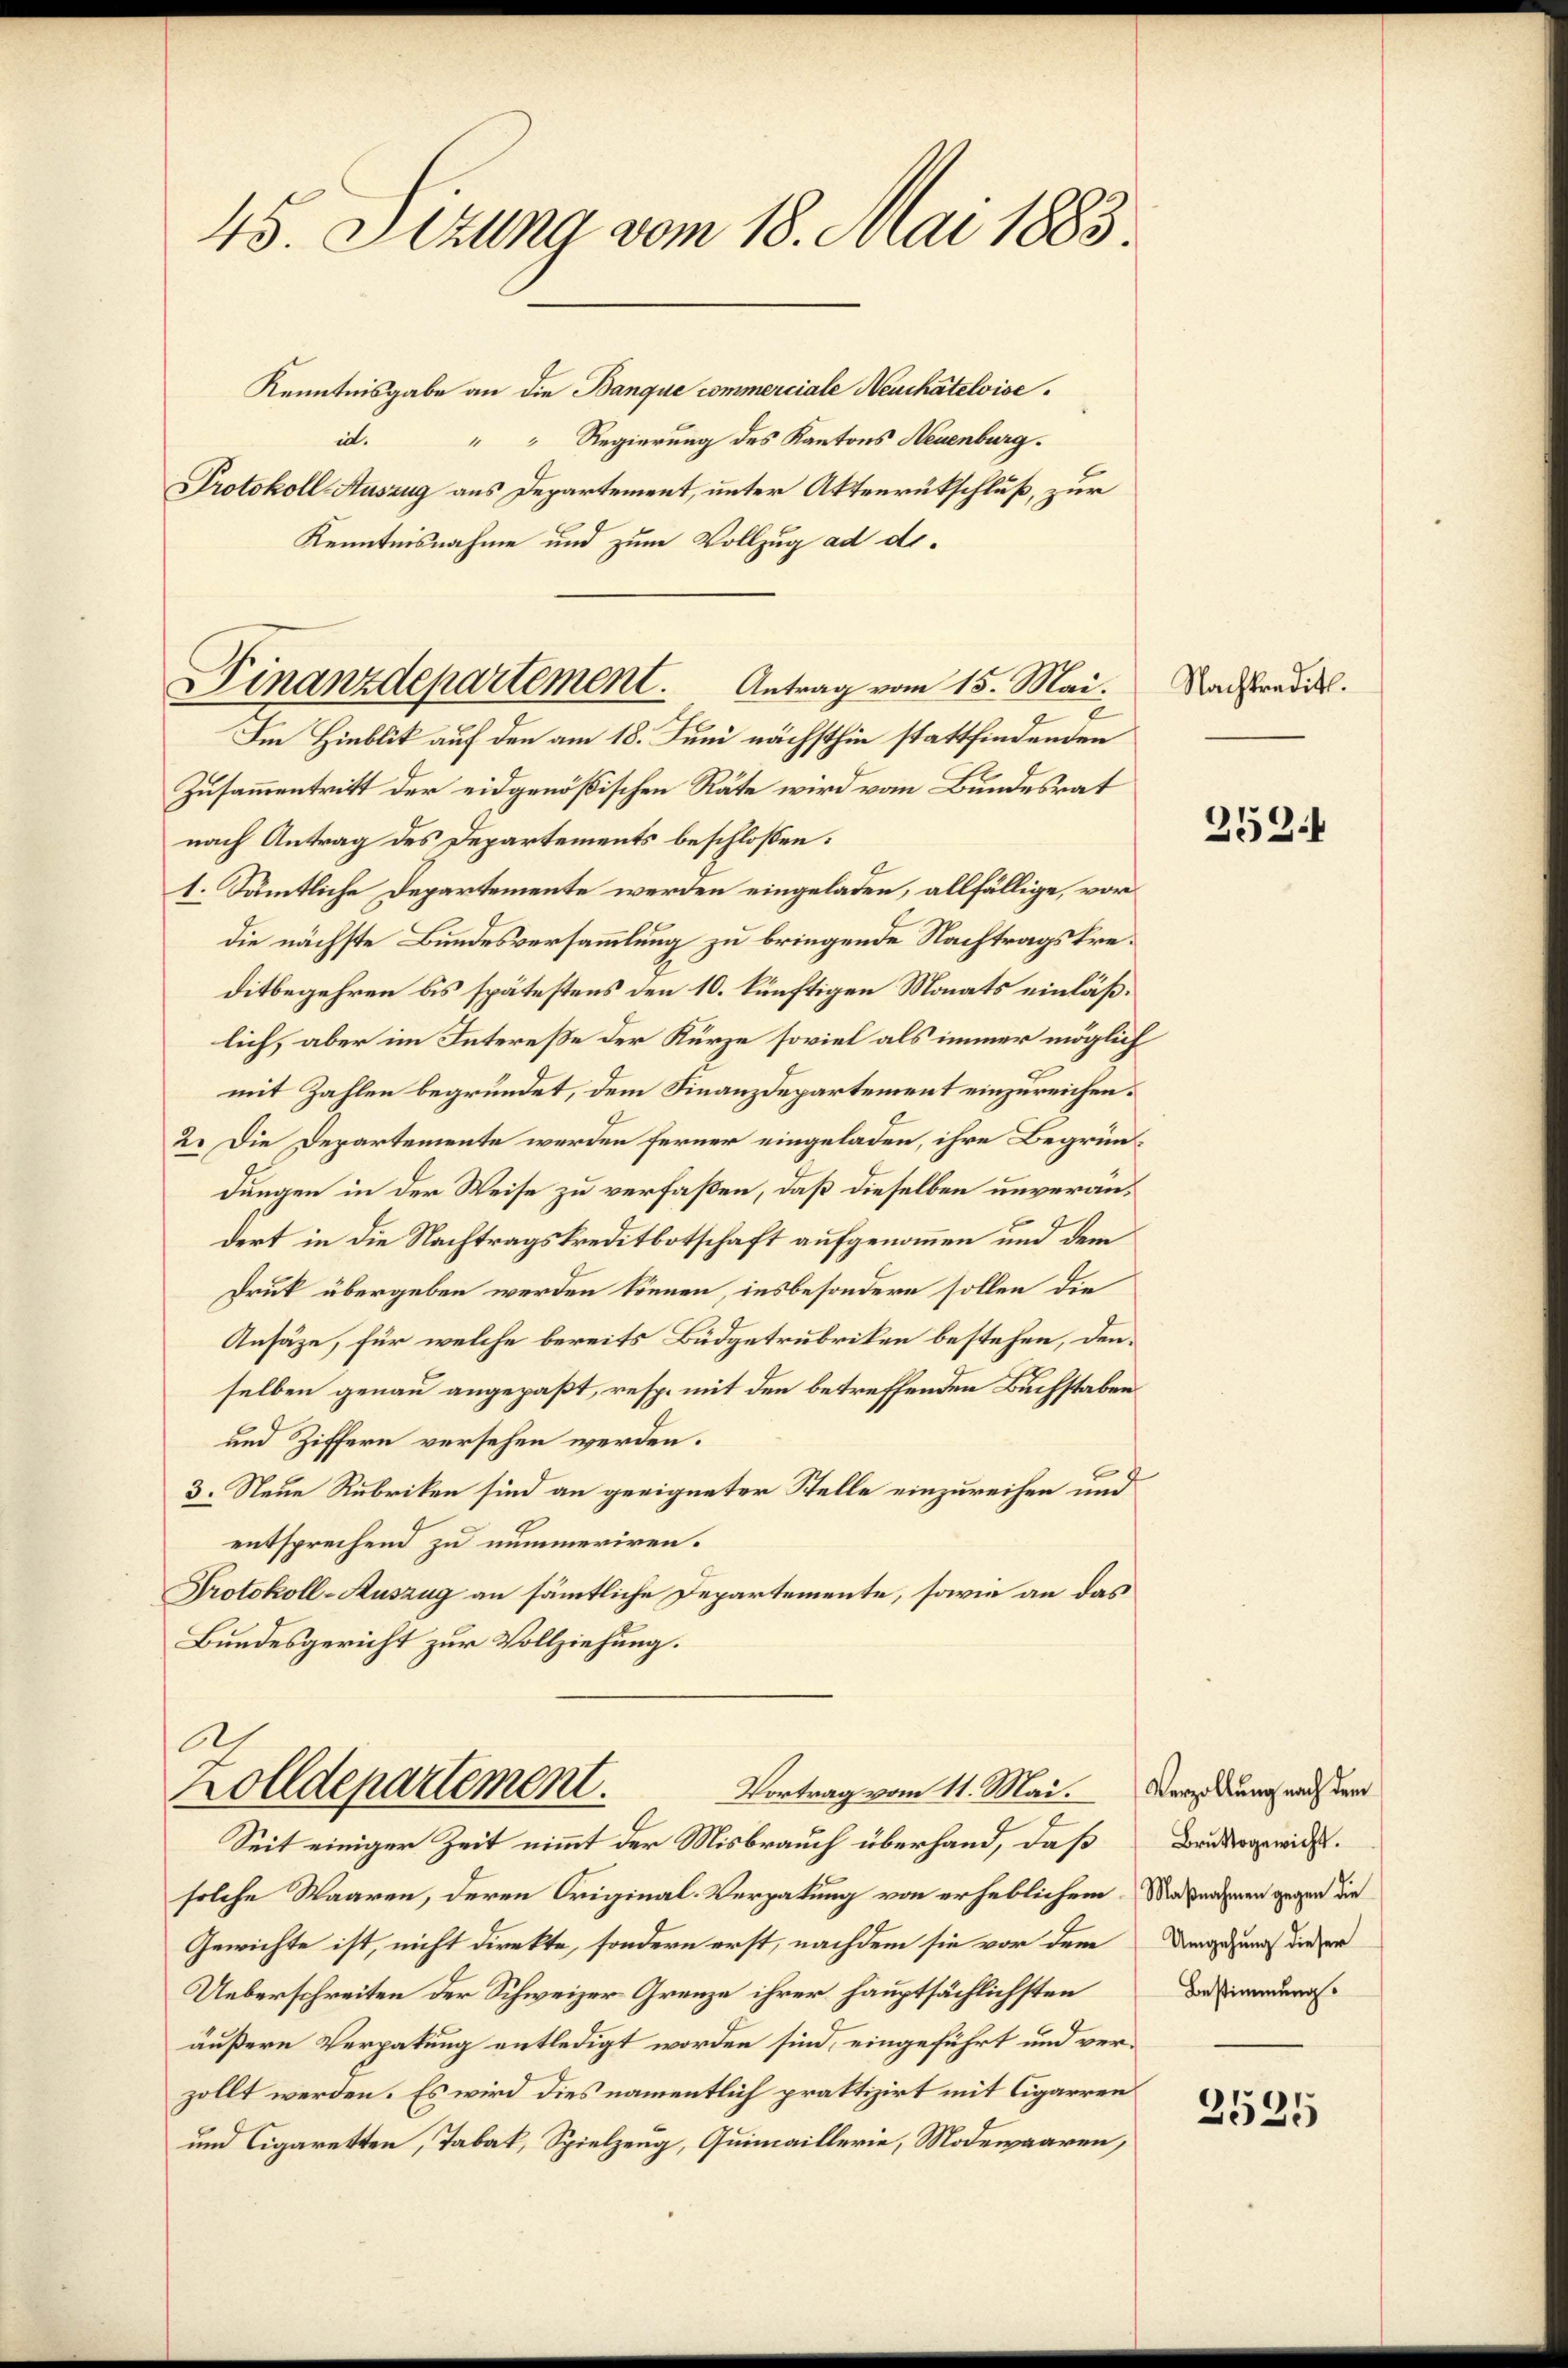
45. Sizung vom 18. Mai 1883.
Kenntnisgabe an die Banque commerciale Neuchâteloise¬

Im Hinblik auf den am 18. Juni nächsthin stattfindenden
Zusammentritt der eidgenößischen Räte wird vom Bundesrat
nach Antrag des Departements beschlossen:
1. Sämmtliche Departemente werden eingeladen, allfällige, vor
die nächste Bundesversammlung zu bringende Nachtragskreditbegehren bis spätestens den 10. künftigen Monats einläßlich, aber im Intereße der Kürze soviel als immer möglich
mit Zahlen begründet, dem Finanzdepartement einzureichen.
2. Die Departemente werden ferner eingeladen, ihre Begründungen in der Weise zu verfaßen, daß dieselben unverändert in die Nachtragskreditbotschaft aufgenommen und dem
Druk übergeben werden können, insbesondere sollen die
Ansäze, für welche bereits Büdgetrubriken bestehen, denselben genau angepaßt, resp. mit den betreffenden Buchstaben
und Ziffern versehen werden.
3. Neue Rubriken sind an geeigneter Stelle einzureihen und
entsprechend zu nummeriren.
Protokoll-Auszug an sämmtliche Departemente, sowie an das
Bundesgericht zur Vollziehung.

it
"" Regierung des Kantons Neuenburg.
Protokoll Auszug aus Departement, unter Aktenrückschluß, zur
Kenntnisnahme und zum Vollzug ad d.
Dinanzdepartement.         Antrag vom 15. Mai.

61
Zolldepartement.
Vortrag vom 11. Mai.

Seit einiger Zeit nimmt der Misbrauch überhand, daß
solche Waaren, deren Original-Vergabung von erheblichem Maßnahmen gegen die
Gewichte ist, nicht direkte, sondern erst, nachdem sie vor dem
Ueberschreiten der Schweizer Grenze ihrer hauptsächlichsten
äußere Verpakung entledigt worden sind, eingeführt und verzollt werden. Es wird dies namentlich praktizirt mit Cigarren
und Cigaretten, Tabak, Spielzeug, Quimaillerie, Modewaaren,

Nachkreditl.

359.

Verzollung nach dem
Bruttogewicht.
Umgehung dieser
Bestimmung.

2535